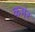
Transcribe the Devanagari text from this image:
कमेर